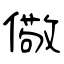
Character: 儆